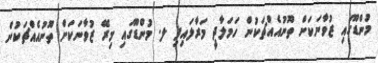
މުންޑޫގައި ޒުވާނަކަށް ތޫނުއެއްޗަކުން ހަމަލާދީ މަރާލައިފި ލ. މުންޑޫގައި މިރޭ ޒުވާނަކަށް ތޫނުއެއްޗަކުން